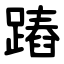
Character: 蹖